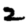
Digit: 2